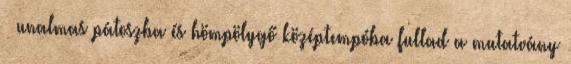
– unalmas pátoszba és hömpölygő középtempóba fullad a mutatvány